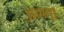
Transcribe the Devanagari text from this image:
अण्‍णा